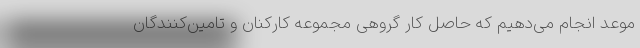
موعد انجام می‌دهیم که حاصل کار گروهی مجموعه کارکنان و تامین‌کنندگان